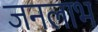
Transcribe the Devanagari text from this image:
जनलाभ